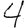
Digit: 4